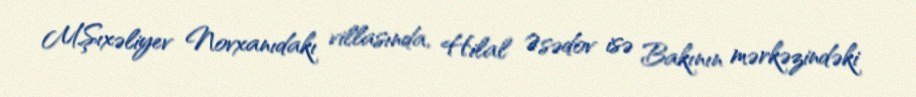
M.Şıxəliyev Novxanıdakı villasında, Hilal Əsədov isə Bakının mərkəzindəki